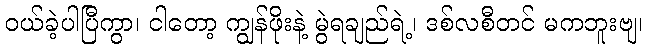
ဝယ်ခဲ့ပါပြီကွာ၊ ငါတော့ ကျွန်ဖိုးနဲ့ မွဲရချည်ရဲ့၊ ဒစ်လစီတင် မကဘူးဗျ၊